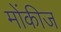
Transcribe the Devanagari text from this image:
मोंकीज